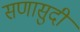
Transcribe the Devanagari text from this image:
सणासुदी